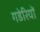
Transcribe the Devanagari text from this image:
गडेरियों